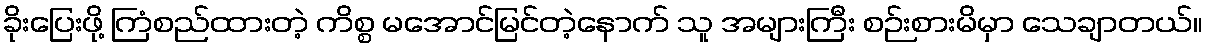
ခိုးပြေးဖို့ ကြံစည်ထားတဲ့ ကိစ္စ မအောင်မြင်တဲ့နောက် သူ အများကြီး စဉ်းစားမိမှာ သေချာတယ်။